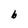
Character: b